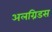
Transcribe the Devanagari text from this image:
अलग्रिडस